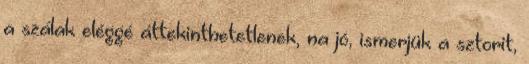
a szálak eléggé áttekinthetetlenek, na jó, ismerjük a sztorit,